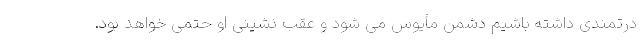
درتمندی داشته باشیم دشمن مأیوس می شود و عقب نشینی او حتمی خواهد بود.